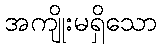
အကျိုးမရှိသော